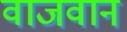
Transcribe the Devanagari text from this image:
वाजवान